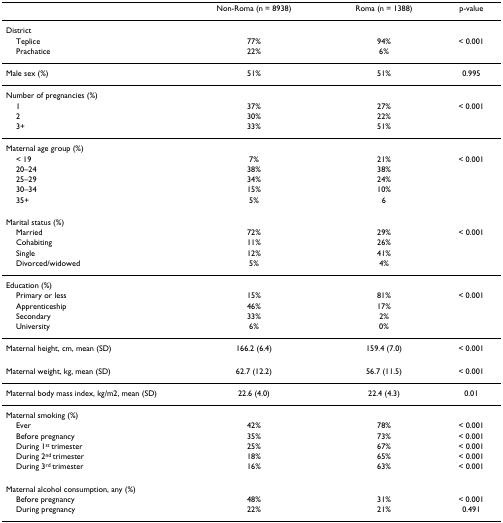
<table><thead><tr><td></td><td><b>Non-Roma (n = 8938)</b></td><td><b>Roma (n = 1388)</b></td><td><b>p-value</b></td></tr></thead><tbody><tr><td>District</td><td></td><td></td><td></td></tr><tr><td> Teplice</td><td>77%</td><td>94%</td><td>&lt; 0.001</td></tr><tr><td> Prachatice</td><td>22%</td><td>6%</td><td></td></tr><tr><td>Male sex (%)</td><td>51%</td><td>51%</td><td>0.995</td></tr><tr><td>Number of pregnancies (%)</td><td></td><td></td><td></td></tr><tr><td> 1</td><td>37%</td><td>27%</td><td>&lt; 0.001</td></tr><tr><td> 2</td><td>30%</td><td>22%</td><td></td></tr><tr><td> 3+</td><td>33%</td><td>51%</td><td></td></tr><tr><td>Maternal age group (%)</td><td></td><td></td><td></td></tr><tr><td> &lt; 19</td><td>7%</td><td>21%</td><td>&lt; 0.001</td></tr><tr><td> 20–24</td><td>38%</td><td>38%</td><td></td></tr><tr><td> 25–29</td><td>34%</td><td>24%</td><td></td></tr><tr><td> 30–34</td><td>15%</td><td>10%</td><td></td></tr><tr><td> 35+</td><td>5%</td><td>6</td><td></td></tr><tr><td>Marital status (%)</td><td></td><td></td><td></td></tr><tr><td> Married</td><td>72%</td><td>29%</td><td>&lt; 0.001</td></tr><tr><td> Cohabiting</td><td>11%</td><td>26%</td><td></td></tr><tr><td> Single</td><td>12%</td><td>41%</td><td></td></tr><tr><td> Divorced/widowed</td><td>5%</td><td>4%</td><td></td></tr><tr><td>Education (%)</td><td></td><td></td><td></td></tr><tr><td> Primary or less</td><td>15%</td><td>81%</td><td>&lt; 0.001</td></tr><tr><td> Apprenticeship</td><td>46%</td><td>17%</td><td></td></tr><tr><td> Secondary</td><td>33%</td><td>2%</td><td></td></tr><tr><td> University</td><td>6%</td><td>0%</td><td></td></tr><tr><td>Maternal height, cm, mean (SD)</td><td>166.2 (6.4)</td><td>159.4 (7.0)</td><td>&lt; 0.001</td></tr><tr><td>Maternal weight, kg, mean (SD)</td><td>62.7 (12.2)</td><td>56.7 (11.5)</td><td>&lt; 0.001</td></tr><tr><td>Maternal body mass index, kg/m2, mean (SD)</td><td>22.6 (4.0)</td><td>22.4 (4.3)</td><td>0.01</td></tr><tr><td>Maternal smoking (%)</td><td></td><td></td><td></td></tr><tr><td> Ever</td><td>42%</td><td>78%</td><td>&lt; 0.001</td></tr><tr><td> Before pregnancy</td><td>35%</td><td>73%</td><td>&lt; 0.001</td></tr><tr><td> During 1<sup>st </sup>trimester</td><td>25%</td><td>67%</td><td>&lt; 0.001</td></tr><tr><td> During 2<sup>nd </sup>trimester</td><td>18%</td><td>65%</td><td>&lt; 0.001</td></tr><tr><td> During 3<sup>rd </sup>trimester</td><td>16%</td><td>63%</td><td>&lt; 0.001</td></tr><tr><td>Maternal alcohol consumption, any (%)</td><td></td><td></td><td></td></tr><tr><td> Before pregnancy</td><td>48%</td><td>31%</td><td>&lt; 0.001</td></tr><tr><td> During pregnancy</td><td>22%</td><td>21%</td><td>0.491</td></tr></tbody></table>